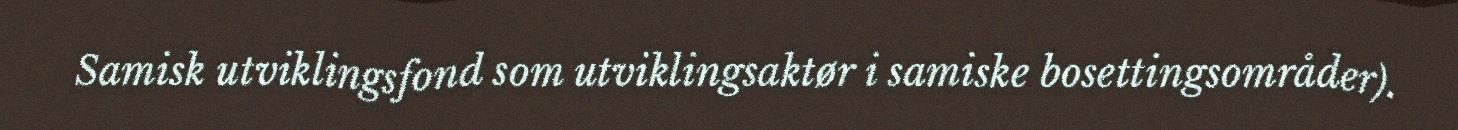
Samisk utviklingsfond som utviklingsaktør i samiske bosettingsområder).